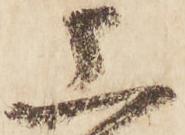
上